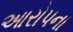
આરોપના